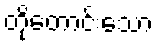
တိုတောင်းသော